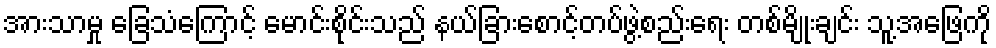
အားသာမှု ခြေသံကြောင့် မောင်းစိုင်းသည် နယ်ခြားစောင့်တပ်ဖွဲ့စည်းရေး တစ်မျိုးချင်း သူ့အဖြေကို